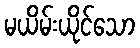
မယိမ်းယိုင်သော